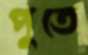
পুতে